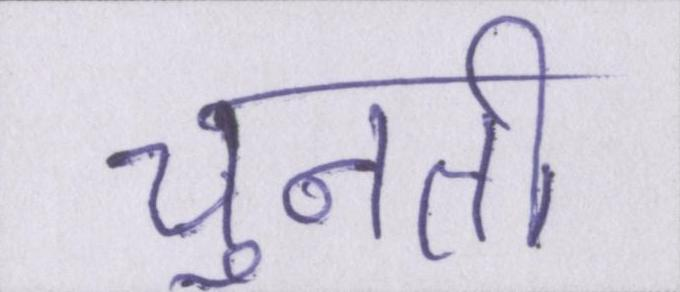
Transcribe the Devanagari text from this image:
चुनती